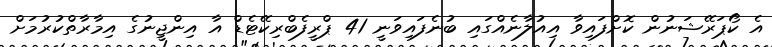
އެ ކޯޕަރޭޝަނުން ކޮށްފައިވާ އިއުލާނެއްގައި ބުނެފައިވަނީ 41 ޕްރީފެބްރިކޭޓެޑް އާ އިންޖީނުގެ އިމާރާތްކުރުމަށް